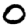
Digit: 0